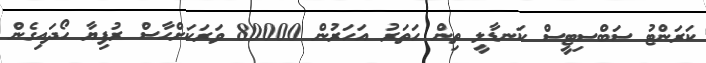
ކަރަންޓު ސަބްސިޓީސް ކަނޑާލީ ތިން ހަތަރު އަހަރުން 80000 ވަރަކަށްހާސް ރުފިޔާ ހޯދައިގެން